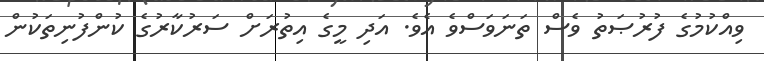
ވިއްކުމުގެ ފުރުޞަތު ވެސް ތަނަވަސްވެ އެވެ. އަދި މީގެ އިތުރަށް ސަރުކާރުގެ ކުންފުނިތަކުން